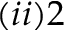
( i i ) 2